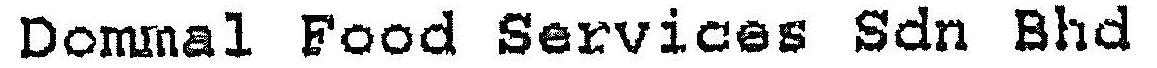
DOMMAL FOOD SERVICES SDN BHD